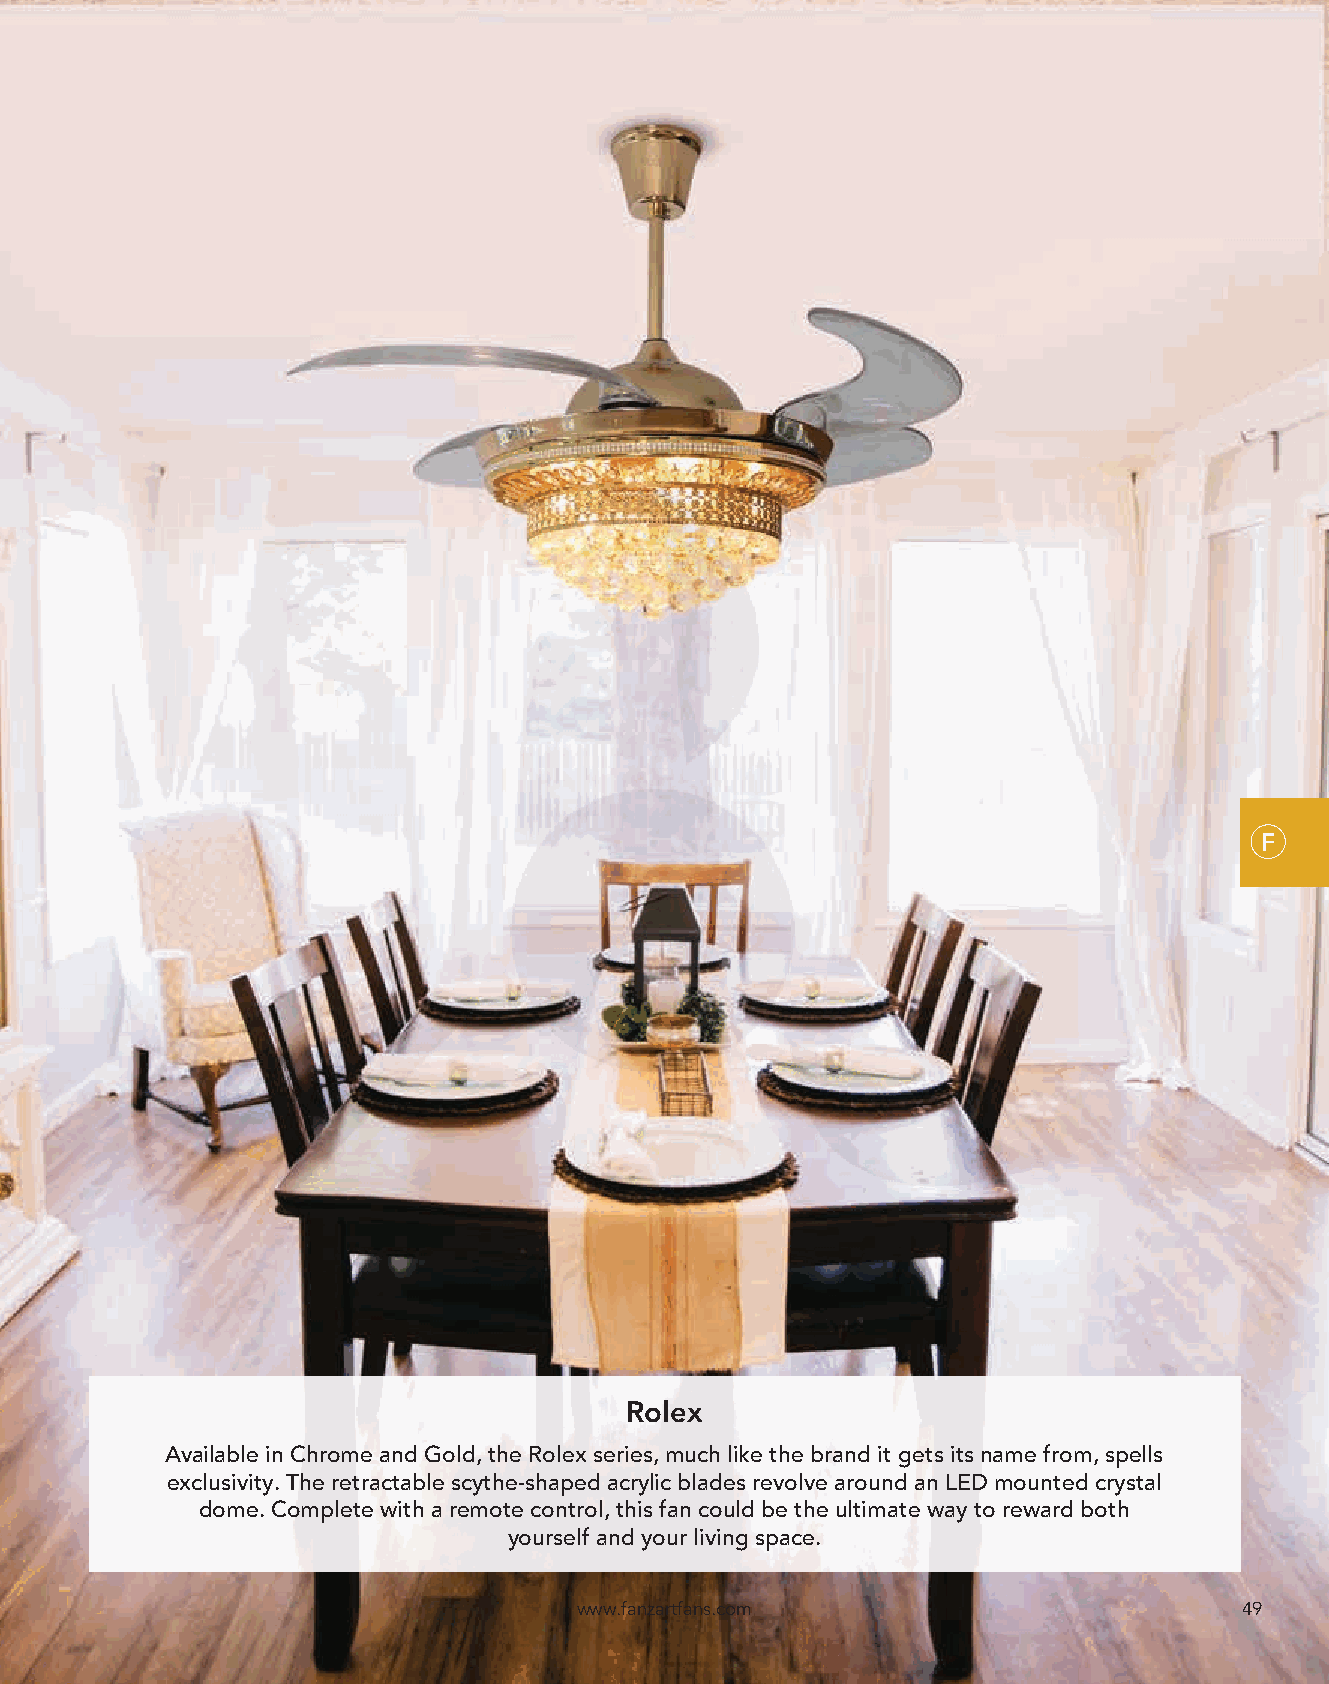
F
 Rolex
 Available in Chrome and Gold, the Rolex series, much like the brand it gets its name from, spells
 exclusivity. The retractable scythe-shaped acrylic blades revolve around an LED mounted crystal
 dome. Complete with a remote control, this fan could be the ultimate way to reward both
 yourself and your living space.
 www.fanzartfans.com                         49